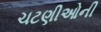
ચટણીઓની